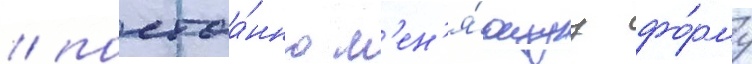
/ постоа́нно м'ен'я́ющуу фо́рму